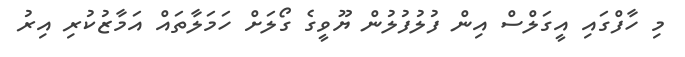
މި ހާފްގައި އީގަލްސް އިން ފުލުފުލުން ޔޫވީގެ ގޯލަށް ހަމަލާތައް އަމާޒުކުރި އިރު